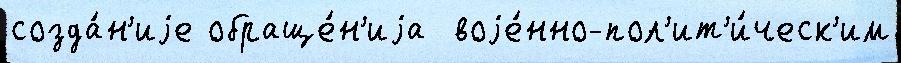
созда́н'иjе обраще́н'иjа  воjе́нно-пол'ит'и́ческ'им